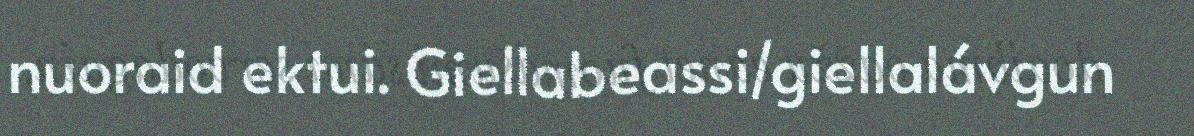
nuoraid ektui. Giellabeassi/giellalávgun